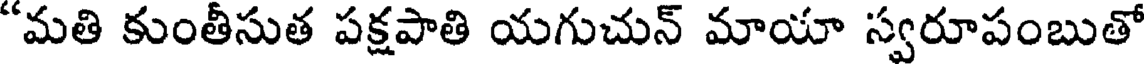
"మతి కుంతీసుత పక్షపాతి యగుచున్ మాయా స్వరూపంబుతో